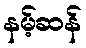
နမ့်ဆန်